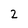
Character: 2